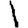
Digit: 1